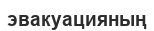
эвакуацияның